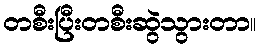
တစီးပြီးတစီးဆွဲသွားတာ။